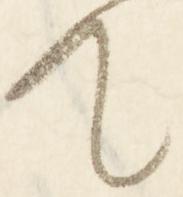
て